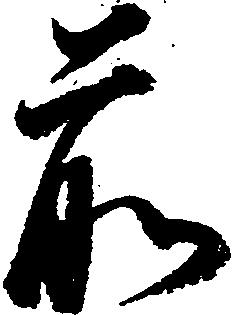
前